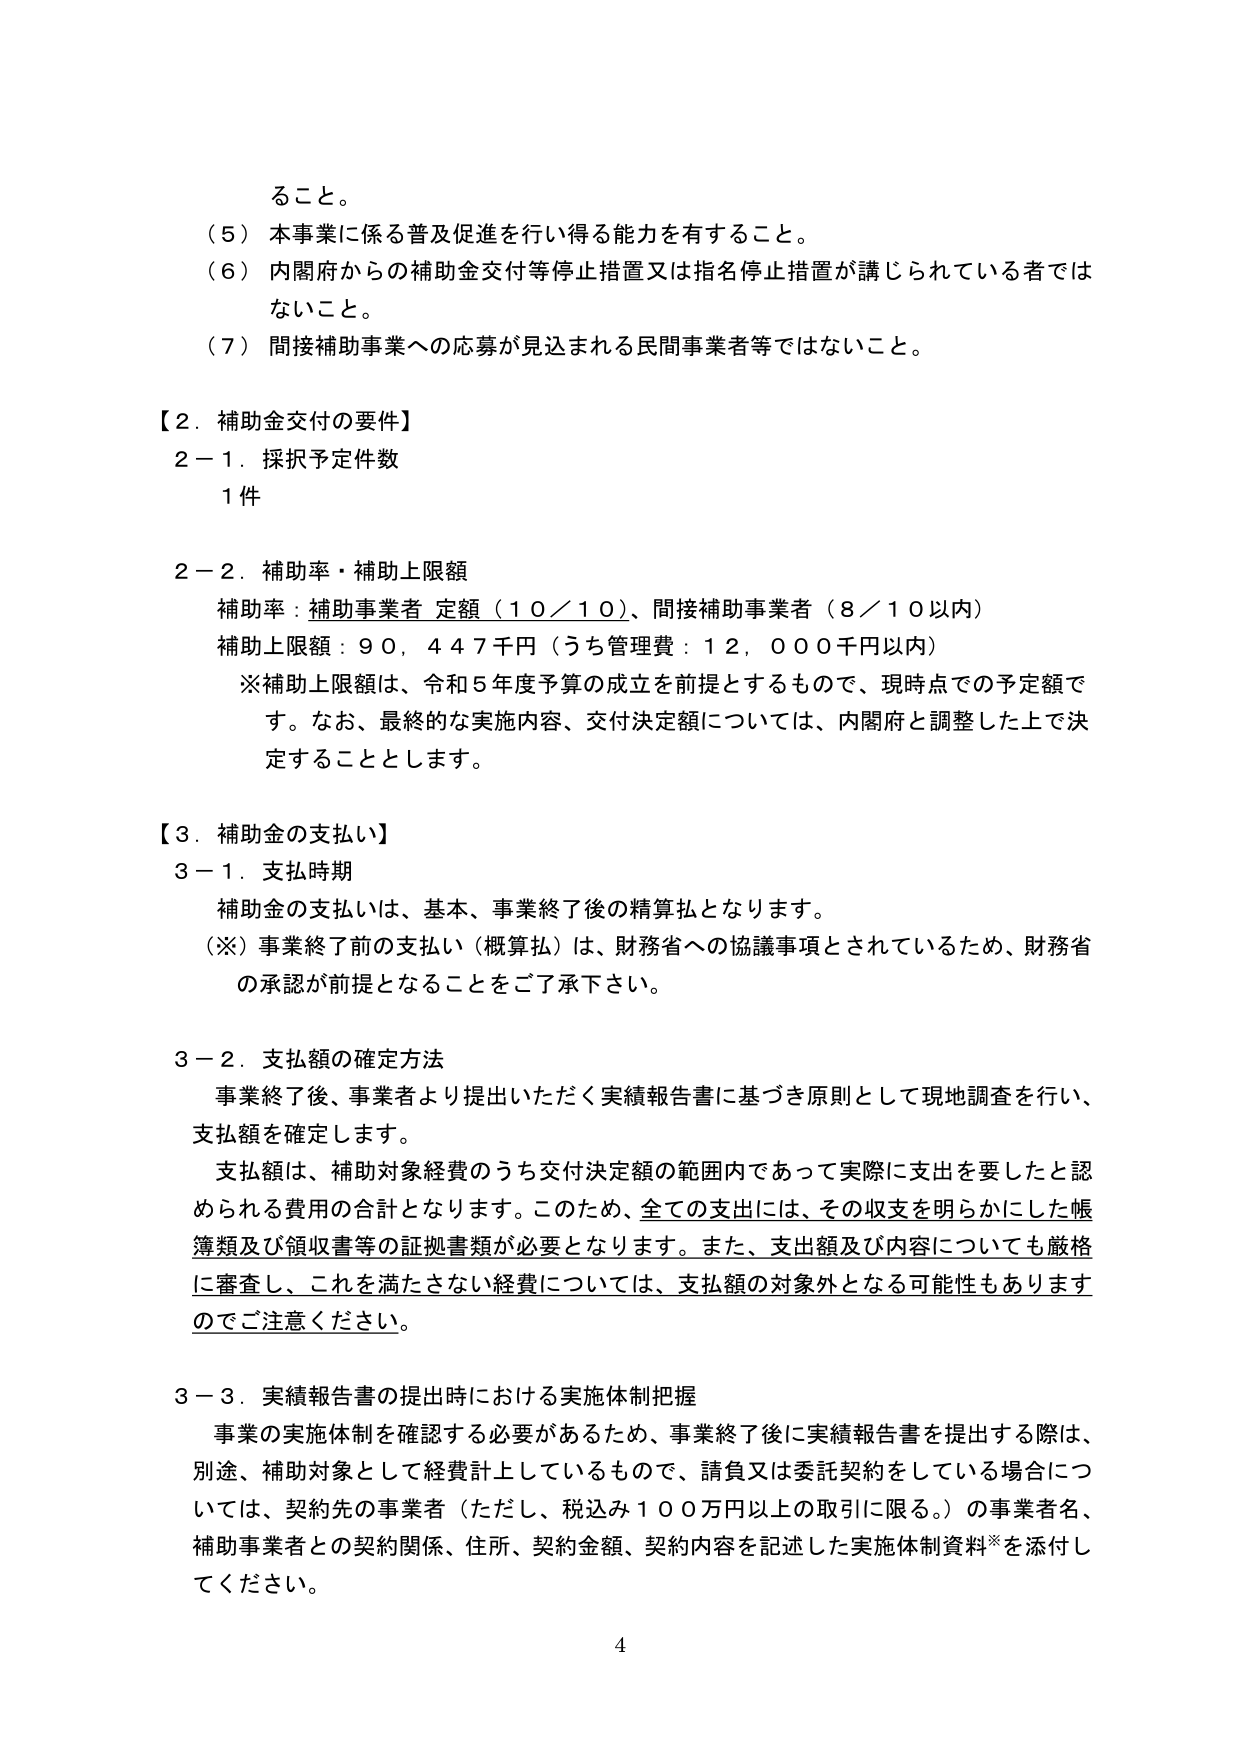
ること。

（５）本事業に係る普及促進を行い得る能力を有すること。

（６）内閣府からの補助金交付等停止措置又は指名停止措置が講じられている者ではないこと。

（７）間接補助事業への応募が見込まれる民間事業者等ではないこと。

【２．補助金交付の要件】

２－１．採択予定件数
１件

２－２．補助率・補助上限額
補助率：補助事業者 定額（１０／１０）、間接補助事業者（８／１０以内）
補助上限額：９０，４４７千円（うち管理費：１２，０００千円以内）
※補助上限額は、令和５年度予算の成立を前提とするもので、現時点での予定額です。なお、最終的な実施内容、交付決定額については、内閣府と調整した上で決定することとします。

【３．補助金の支払い】

３－１．支払時期
補助金の支払いは、基本、事業終了後の精算払となります。
（※）事業終了前の支払い（概算払）は、財務省への協議事項とされているため、財務省の承認が前提となることをご承下さいます。

３－２．支払額の確定方法
事業終了後、事業者より提出いただく実績報告書に基づき原則として現地調査を行い、支払額を確定します。
支払額は、補助対象経費のうち交付決定額の範囲内であって実際に支出を要したと認められる費用の合計となります。このため、全ての支出には、その収支を明らかにした帳簿類及び領収書等の証拠書類が必要となります。また、支出額及び内容についても厳格に審査し、これを満たさない経費については、支払額の対象外となる可能性もありますのでご注意ください。

３－３．実績報告書の提出時における実施体制把握
事業の実施体制を確認する必要があるため、事業終了後に実績報告書を提出する際は、別途、補助対象として経費計上しているもので、請負又は委託契約をしている場合については、契約先の事業者（ただし、税込み１００万円以上の取引に限る。）の事業者名、補助事業者との契約関係、住所、契約金額、契約内容を記述した実施体制資料※を添付してください。

4